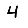
Digit: 4